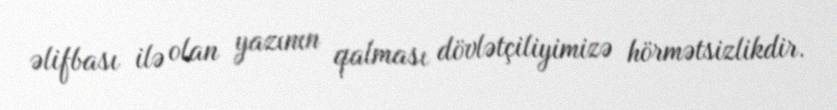
əlifbası ilə olan yazının qalması dövlətçiliyimizə hörmətsizlikdir.